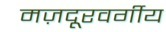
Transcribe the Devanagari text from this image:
मज़दूरवर्गीय